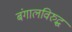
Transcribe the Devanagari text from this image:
बंगालविरुद्ध